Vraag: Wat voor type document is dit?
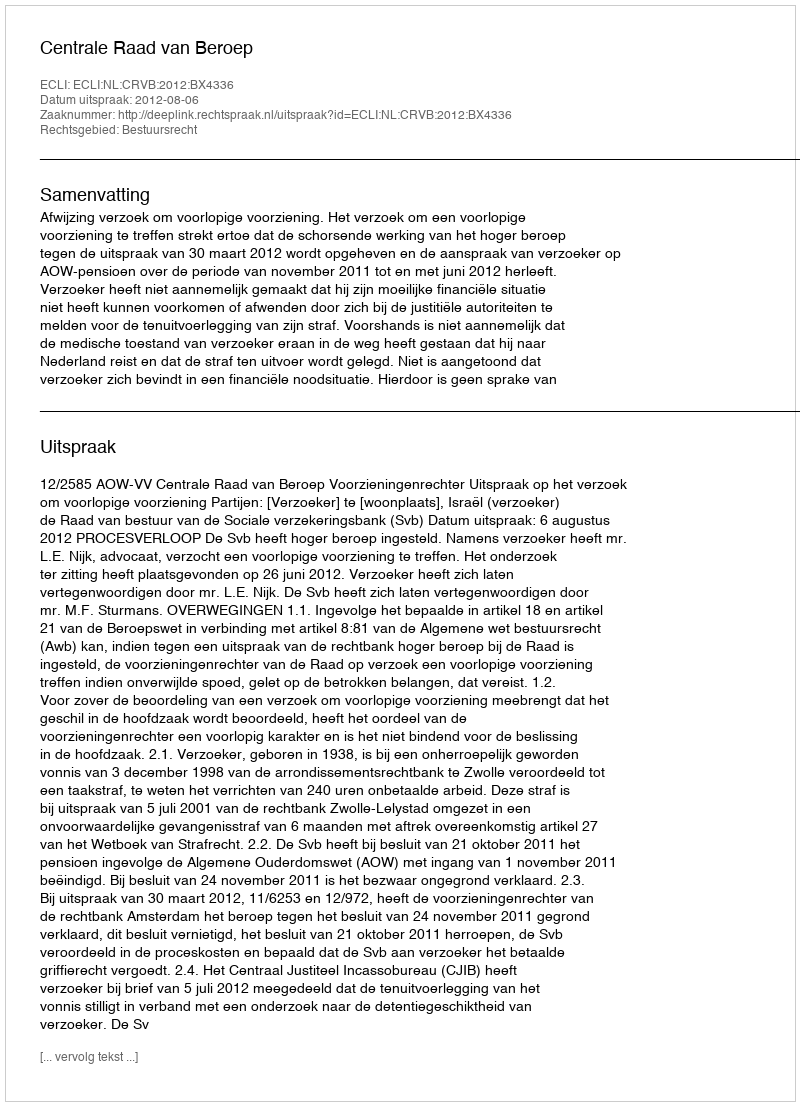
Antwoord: Uitspraak